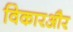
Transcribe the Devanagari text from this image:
विकारऔर